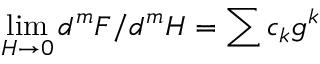
\operatorname * { l i m } _ { H \rightarrow 0 } d ^ { m } F / d ^ { m } H = \sum c _ { k } g ^ { k }